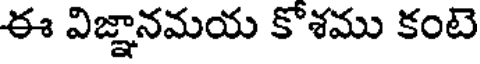
ఈ విజ్ఞానమయ కొశము కంటె